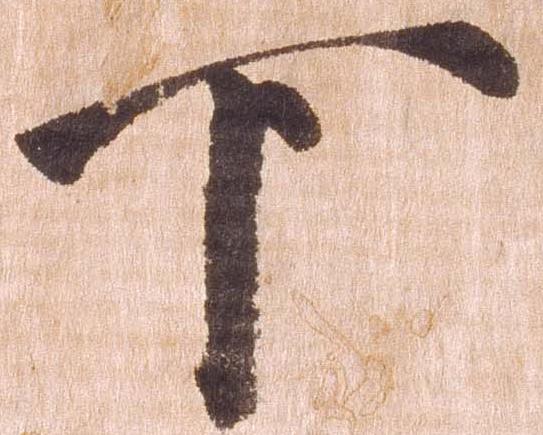
下